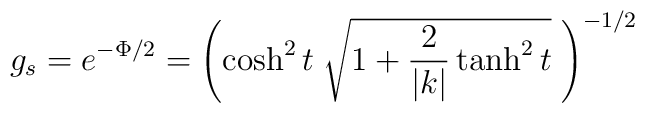
g_s=e^{-\Phi/2}=\left( \cosh^2 t  \;\sqrt{1+\frac{2}{|k|}\tanh^2 t }\;\right)^{-1/2}